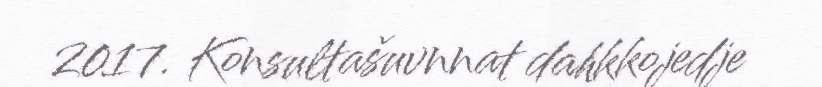
2017. Konsultašuvnnat dahkkojedje